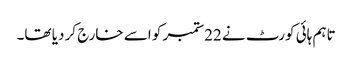
تاہم ہائی کورٹ نے 22ستمبر کو اسے خارج کر دیا تھا۔